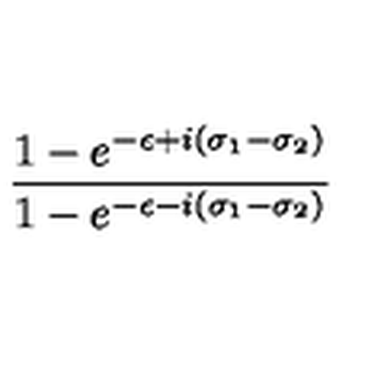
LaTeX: \frac { 1 - e ^ { - \epsilon + i ( \sigma _ { 1 } - \sigma _ { 2 } ) } } { 1 - e ^ { - \epsilon - i ( \sigma _ { 1 } - \sigma _ { 2 } ) } }